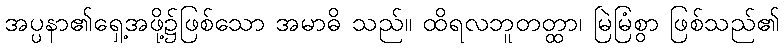
အပ္ပနာ၏ရှေ့အဖို့၌ဖြစ်သော အမာဓိ သည်။ ထိရလဘူတတ္ထာ၊ မြဲမြံစွာ ဖြစ်သည်၏